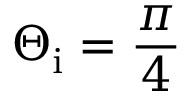
\Theta _ { \mathrm { i } } = \frac { \pi } { 4 }